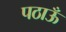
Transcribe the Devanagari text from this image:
पठाऊँ